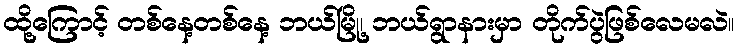
ထို့ကြောင့် တစ်နေ့တစ်နေ့ ဘယ်မြို့၊ ဘယ်ရွာနားမှာ တိုက်ပွဲဖြစ်လေမလဲ။